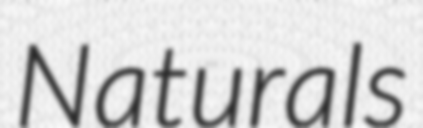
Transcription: Naturals